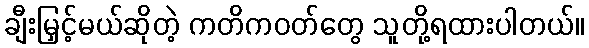
ချီးမြှင့်မယ်ဆိုတဲ့ ကတိကဝတ်တွေ သူတို့ရထားပါတယ်။